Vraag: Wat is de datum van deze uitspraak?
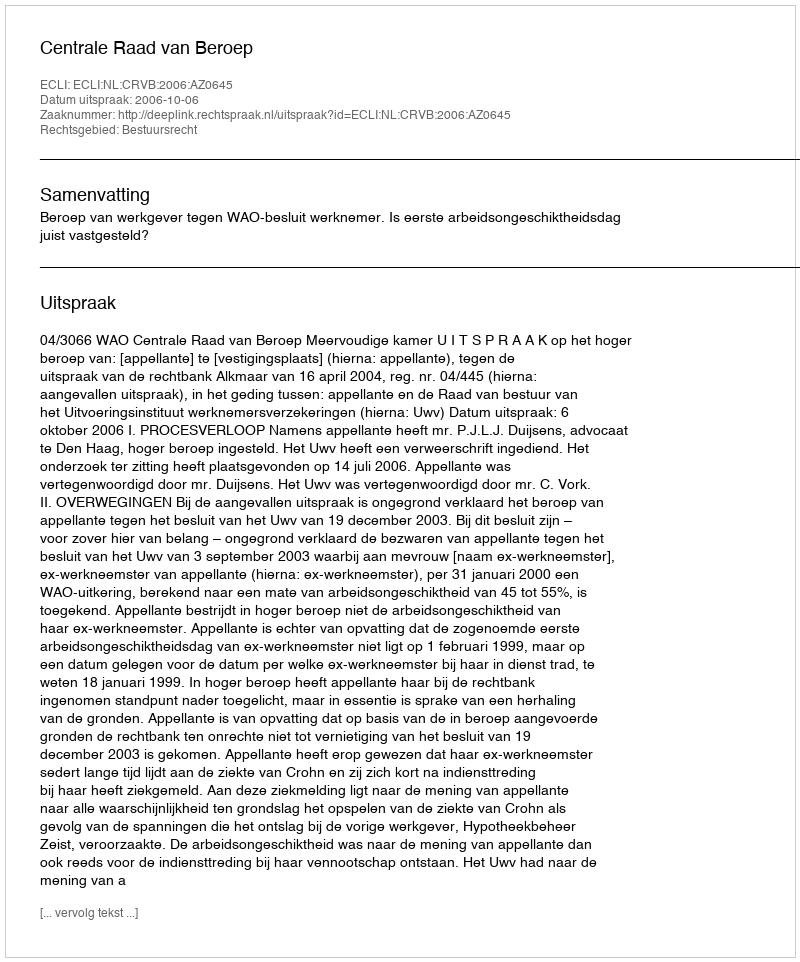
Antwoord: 2006-10-06